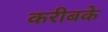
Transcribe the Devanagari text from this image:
करीबके